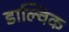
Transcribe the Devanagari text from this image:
डाल्विक